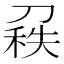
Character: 𠞠